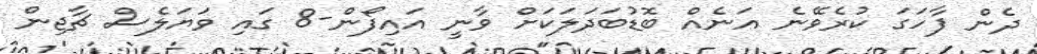
ދެން ފާހަގަ ކުރެވޭނެ އަނެއް ބޮޑުބަދަލަކަށް ވާނީ އައިފޯން-8 ގައި ވަޔަލެސް ޗާޖިން